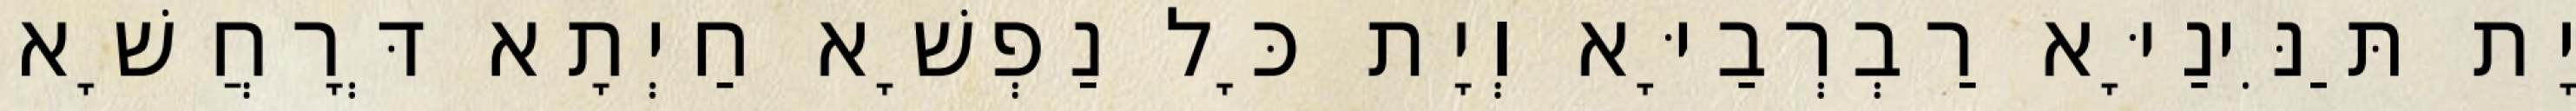
יָת תַּנִּינַיָּא רַבְרְבַיָּא וְיָת כָּל נַפְשָׁא חַיְתָא דְּרָחֲשָׁא